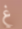
غ